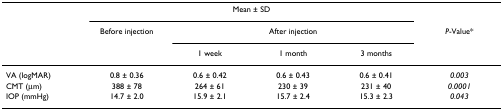
|  | <COLSPAN=4> Mean ± SD |  |
 |  | Before injection | <COLSPAN=3> After injection | P-Value* |
 |  |  | 1 week | 1 month | 3 months |  |
 | --- | --- | --- | --- | --- | --- |
 | VA (logMAR) | 0.8 ± 0.36 | 0.6 ± 0.42 | 0.6 ± 0.43 | 0.6 ± 0.41 | 0.003 |
 | CMT (μm) | 388 ± 78 | 264 ± 61 | 230 ± 39 | 231 ± 40 | 0.0001 |
 | IOP (mmHg) | 14.7 ± 2.0 | 15.9 ± 2.1 | 15.7 ± 2.4 | 15.3 ± 2.3 | 0.043 |